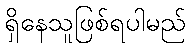
ရှိနေသူဖြစ်ရပါမည်